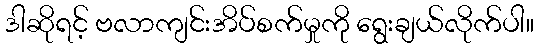
ဒါဆိုရင့် ဗလာကျင်းအိပ်စက်မှုကို ရွေးချယ်လိုက်ပါ။